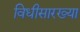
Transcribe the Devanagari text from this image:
विधीसारख्या